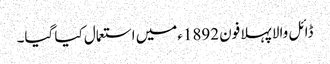
ڈائل والا پہلا فون 1892ءمیں استعمال کیا گیا۔